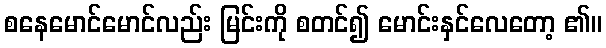
စနေမောင်မောင်လည်း မြင်းကို စတင်၍ မောင်းနှင်လေတော့ ၏။